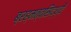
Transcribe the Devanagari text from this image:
ब्रह्मत्वसिद्ध्यै